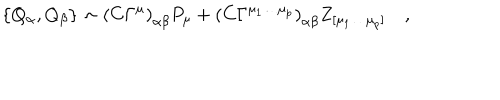
LaTeX: \{ Q _ { \alpha } , Q _ { \beta } \} \sim \left( C \Gamma ^ { \mu } \right) _ { \alpha \beta } P _ { \mu } + \left( C \Gamma ^ { \mu _ { 1 } \ldots \mu _ { p } } \right) _ { \alpha \beta } Z _ { [ \mu _ { 1 } \ldots \mu _ { p } ] } \quad ,